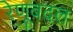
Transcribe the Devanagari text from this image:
रेणूबदल